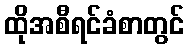
ထိုအစီရင်ခံစာတွင်